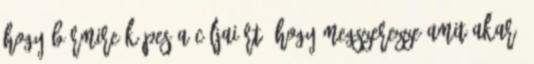
hogy bármire képes a céljaiért, hogy megszerezze amit akar,